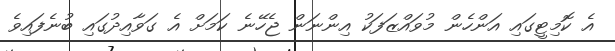
އެ ކޮމިޓީގައި އަންހެން މުވައްޒަފަކު އިންނަން ޖެހޭނެ ކަމަށް އެ ގަވާއިދުގައި ބުނެފައިވެ